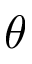
\theta